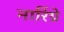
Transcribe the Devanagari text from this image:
नारिंग्रे